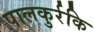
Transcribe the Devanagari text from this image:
पालकुर्रकि